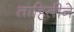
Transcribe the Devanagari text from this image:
ताहितीने